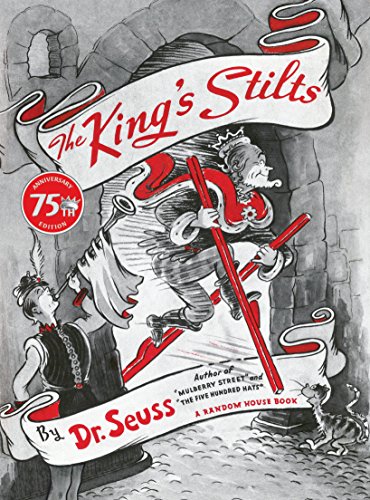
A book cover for The King's Stilts (Classic Seuss); Dr. Seuss; Children's Books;